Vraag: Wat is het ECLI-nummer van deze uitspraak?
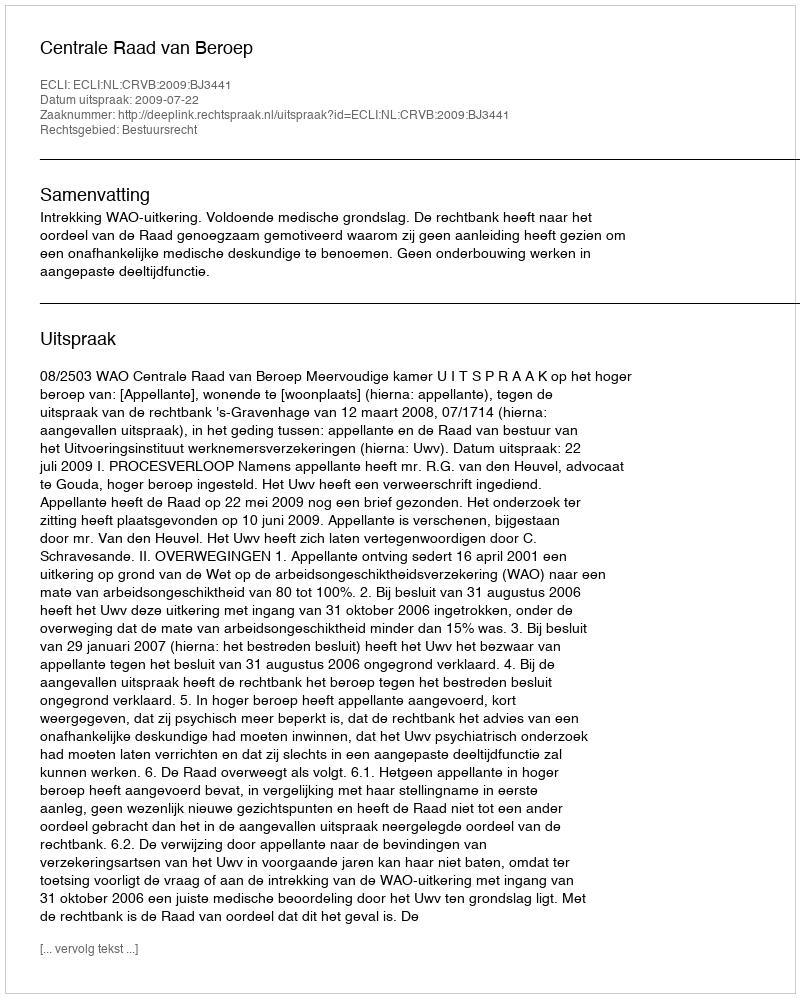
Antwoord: ECLI:NL:CRVB:2009:BJ3441